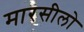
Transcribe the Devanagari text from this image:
मारसीलो